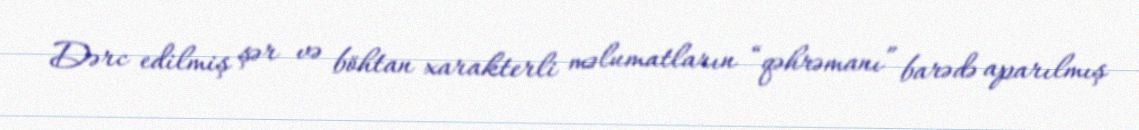
Dərc edilmiş şər və böhtan xarakterli məlumatların “qəhrəmanı” barədə aparılmış